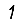
Digit: 1